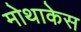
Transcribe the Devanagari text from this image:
मोथाकेस